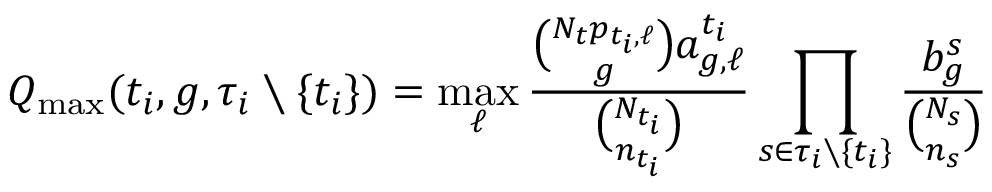
Q _ { \operatorname* { m a x } } ( { t _ { i } } , g , \tau _ { i } \setminus \{ { t _ { i } } \} ) = \operatorname* { m a x } _ { \ell } \frac { \binom { N _ { t } p _ { { t _ { i } } , \ell } } { g } a _ { g , \ell } ^ { t _ { i } } } { \binom { N _ { t _ { i } } } { n _ { t _ { i } } } } \prod _ { s \in \tau _ { i } \setminus \{ { t _ { i } } \} } \frac { b _ { g } ^ { s } } { \binom { N _ { s } } { n _ { s } } }